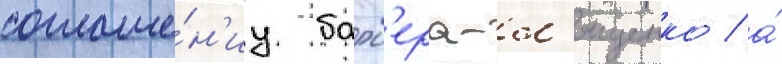
соглаше́н'иу барб'ера-л'ященко / а́